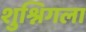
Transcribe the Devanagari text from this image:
शुश्निगला